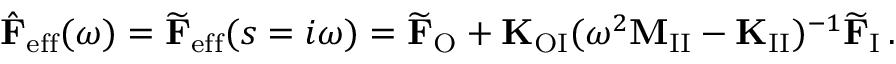
\hat { \mathbf { F } } _ { \mathrm { e f f } } ( \omega ) = \widetilde { \mathbf { F } } _ { \mathrm { e f f } } ( s = i \omega ) = \widetilde { \mathbf { F } } _ { \mathrm { O } } + \mathbf { K } _ { \mathrm { O I } } ( \omega ^ { 2 } \mathbf { M } _ { \mathrm { I I } } - \mathbf { K } _ { \mathrm { I I } } ) ^ { - 1 } \widetilde { \mathbf { F } } _ { \mathrm { I } } \, .